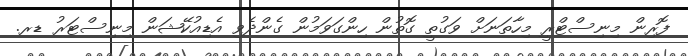
ފޮރިން މިނިސްޓްރީ މިހާތަނަށް ވަގުތީ ގޮތުން ހިންގަވަމުން ގެންދެވި އެޑިއުކޭޝަން މިނިސްޓަރު ޑރ.